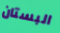
البستان